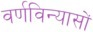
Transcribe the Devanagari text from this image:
वर्णविन्यासों